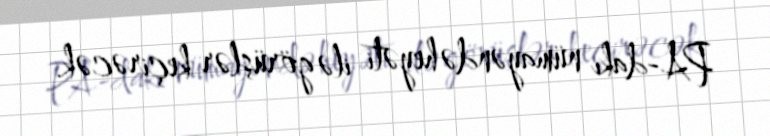
PA-dakı nümayəndə heyəti ilə görüşlər keçirəcək.